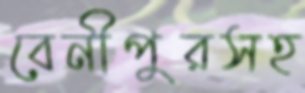
বেনীপুরসহ